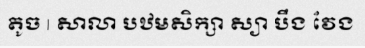
តូច | សាលា បឋមសិក្សា ស្យា បឹង វែង